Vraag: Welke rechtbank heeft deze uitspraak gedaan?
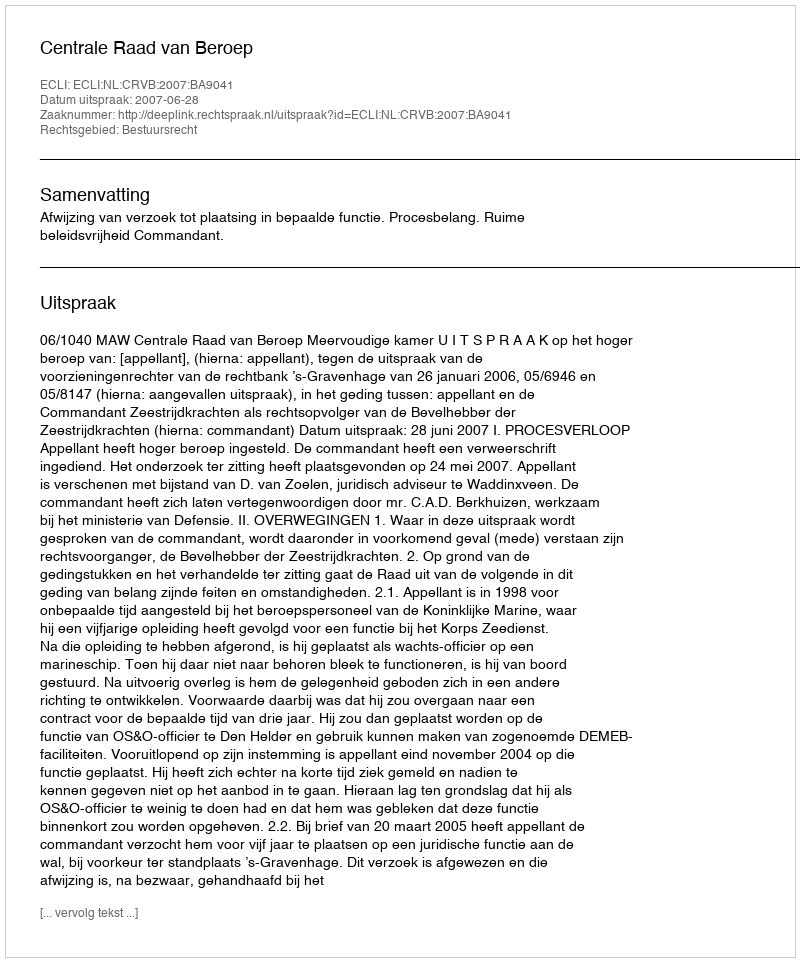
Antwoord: Centrale Raad van Beroep